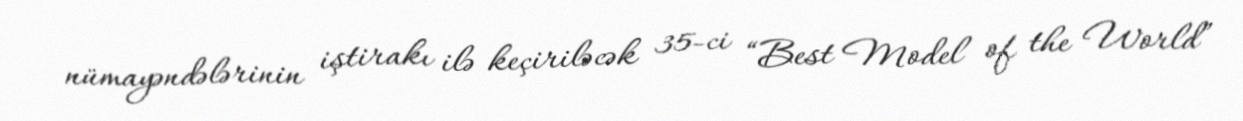
nümayəndələrinin iştirakı ilə keçiriləcək 35-ci “Best Model of the World”